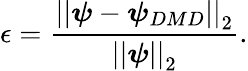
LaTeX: \epsilon=\frac{\left|\left|\boldsymbol{\psi}-\boldsymbol{\psi}_{DMD}\right|\right|_{2}}{\left|\left|\boldsymbol{\psi}\right|\right|_{2}}.